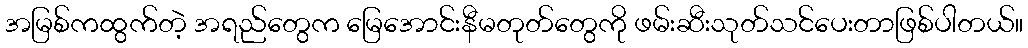
အမြစ်ကထွက်တဲ့ အရည်တွေက မြေအောင်းနီမတုတ်တွေကို ဖမ်းဆီးသုတ်သင်ပေးတာဖြစ်ပါတယ်။